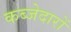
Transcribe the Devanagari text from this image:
कब्जेदारों